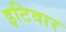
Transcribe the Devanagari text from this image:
इटिवार